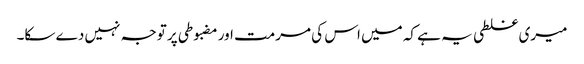
میری غلطی یہ ہے کہ میں اس کی مرمت اور مضبوطی پر توجہ نہیں دے سکا۔